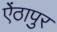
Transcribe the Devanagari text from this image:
ऐंठापुर